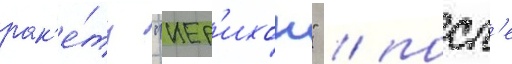
рак'е́ту "иер'ихон" / посл'е